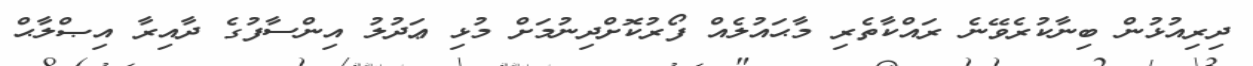
ދިރިއުޅުން ބިނާކުރެވޭނެ ރައްކާތެރި މާޙައުލެއް ފޯރުކޮށްދިނުމަށް މުޅި ޢަދުލު އިންސާފުގެ ދާއިރާ އިޞްލާޙް